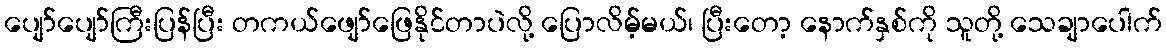
ပျော်ပျော်ကြီးပြန်ပြီး တကယ်ဖျော်ဖြေနိုင်တာပဲလို့ ပြောလိမ့်မယ်၊ ပြီးတော့ နောက်နှစ်ကို သူတို့ သေချာပေါက်